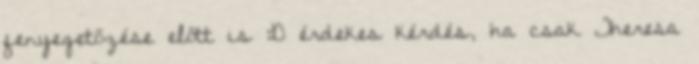
fenyegetőzése előtt is :D érdekes kérdés, ha csak Theresa